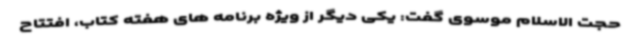
حجت الاسلام موسوی گفت: یکی دیگر از ویژه برنامه های هفته کتاب، افتتاح